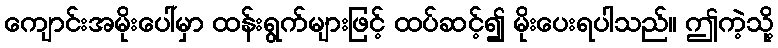
ကျောင်းအမိုးပေါ်မှာ ထန်းရွက်များဖြင့် ထပ်ဆင့်၍ မိုးပေးရပါသည်။ ဤကဲ့သို့